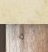
أختيار